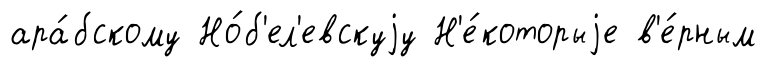
ара́бскому Но́б'ел'евскуjу Н'е́которыjе в'е́рным